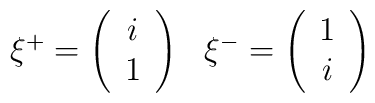
\begin{array}{cc}\xi^{+}=\left( \begin{array}{c}i \\1\end{array}\right)&\xi^{-}=\left( \begin{array}{c}1 \\i\end{array}\right)\end{array}